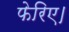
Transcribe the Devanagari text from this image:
फेरिए।